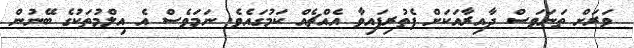
ވަރަށް ތަނަވަސް ދާއިރާއަކަށް ފެތުރިފައިވާ އެއްޗެއް ކަމުގައެވެ. ނަމަވެސް އެ އިލްމުތަކުގެ ބޭނުން